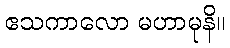
ဧသကာလော မဟာမုနိ။